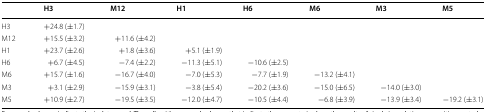
<table><thead><tr><td></td><td><b>H3</b></td><td><b>M12</b></td><td><b>H1</b></td><td><b>H6</b></td><td><b>M6</b></td><td><b>M3</b></td><td><b>M5</b></td></tr></thead><tbody><tr><td>H3</td><td>+24.8 (±1.7)</td><td></td><td></td><td></td><td></td><td></td><td></td></tr><tr><td>M12</td><td>+15.5 (±3.2)</td><td>+11.6 (±4.2)</td><td></td><td></td><td></td><td></td><td></td></tr><tr><td>H1</td><td>+23.7 (±2.6)</td><td>+1.8 (±3.6)</td><td>+5.1 (±1.9)</td><td></td><td></td><td></td><td></td></tr><tr><td>H6</td><td>+6.7 (±4.5)</td><td>−7.4 (±2.2)</td><td>−11.3 (±5.1)</td><td>−10.6 (±2.5)</td><td></td><td></td><td></td></tr><tr><td>M6</td><td>+15.7 (±1.6)</td><td>−16.7 (±4.0)</td><td>−7.0 (±5.3)</td><td>−7.7 (±1.9)</td><td>−13.2 (±4.1)</td><td></td><td></td></tr><tr><td>M3</td><td>+3.1 (±2.9)</td><td>−15.9 (±3.1)</td><td>−3.8 (±5.4)</td><td>−20.2 (±3.6)</td><td>−15.0 (±6.5)</td><td>−14.0 (±3.0)</td><td></td></tr><tr><td>M5</td><td>+10.9 (±2.7)</td><td>−19.5 (±3.5)</td><td>−12.0 (±4.7)</td><td>−10.5 (±4.4)</td><td>−6.8 (±3.9)</td><td>−13.9 (±3.4)</td><td>−19.2 (±3.1)</td></tr></tbody></table>